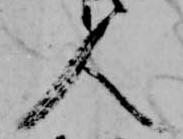
人